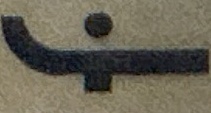
F